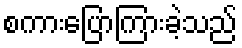
စကားပြောကြားခဲ့သည်